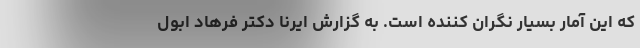
که این آمار بسیار نگران کننده است. به گزارش ایرنا دکتر فرهاد ابول